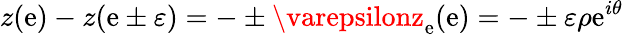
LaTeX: z(\mathrm{e})-z(\mathrm{e}\pm\varepsilon)=-\pm\varepsilonz_{\mathrm{e}}(\mathrm{e})=-\pm\varepsilon\rho\mathrm{e}^{i\theta}